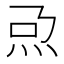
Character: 𤆨